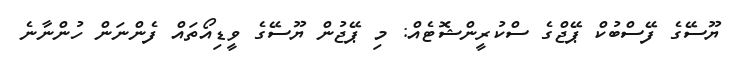
ޔޫސޭގެ ފޭސްބުކް ޕޭޖްގެ ސްކުރީންޝޮޓެއް: މި ޕޭޖުން ޔޫސޭގެ ވީޑިއޯތައް ފެންނަން ހުންނާނެ